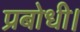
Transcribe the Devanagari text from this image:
प्रबोधी।